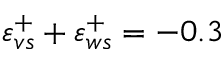
\varepsilon _ { v s } ^ { + } + \varepsilon _ { w s } ^ { + } = - 0 . 3